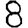
Digit: 8